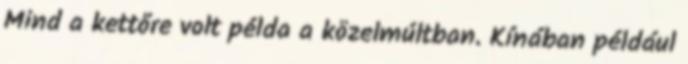
Mind a kettőre volt példa a közelmúltban. Kínában például